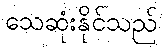
သေဆုံးနိုင်သည်